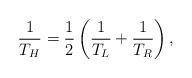
LaTeX: \begin{align*}\frac{1}{T_{H}} = \frac{1}{2} \left( \frac{1}{T_{L}} + \frac{1}{T_{R}} \right ),\end{align*}